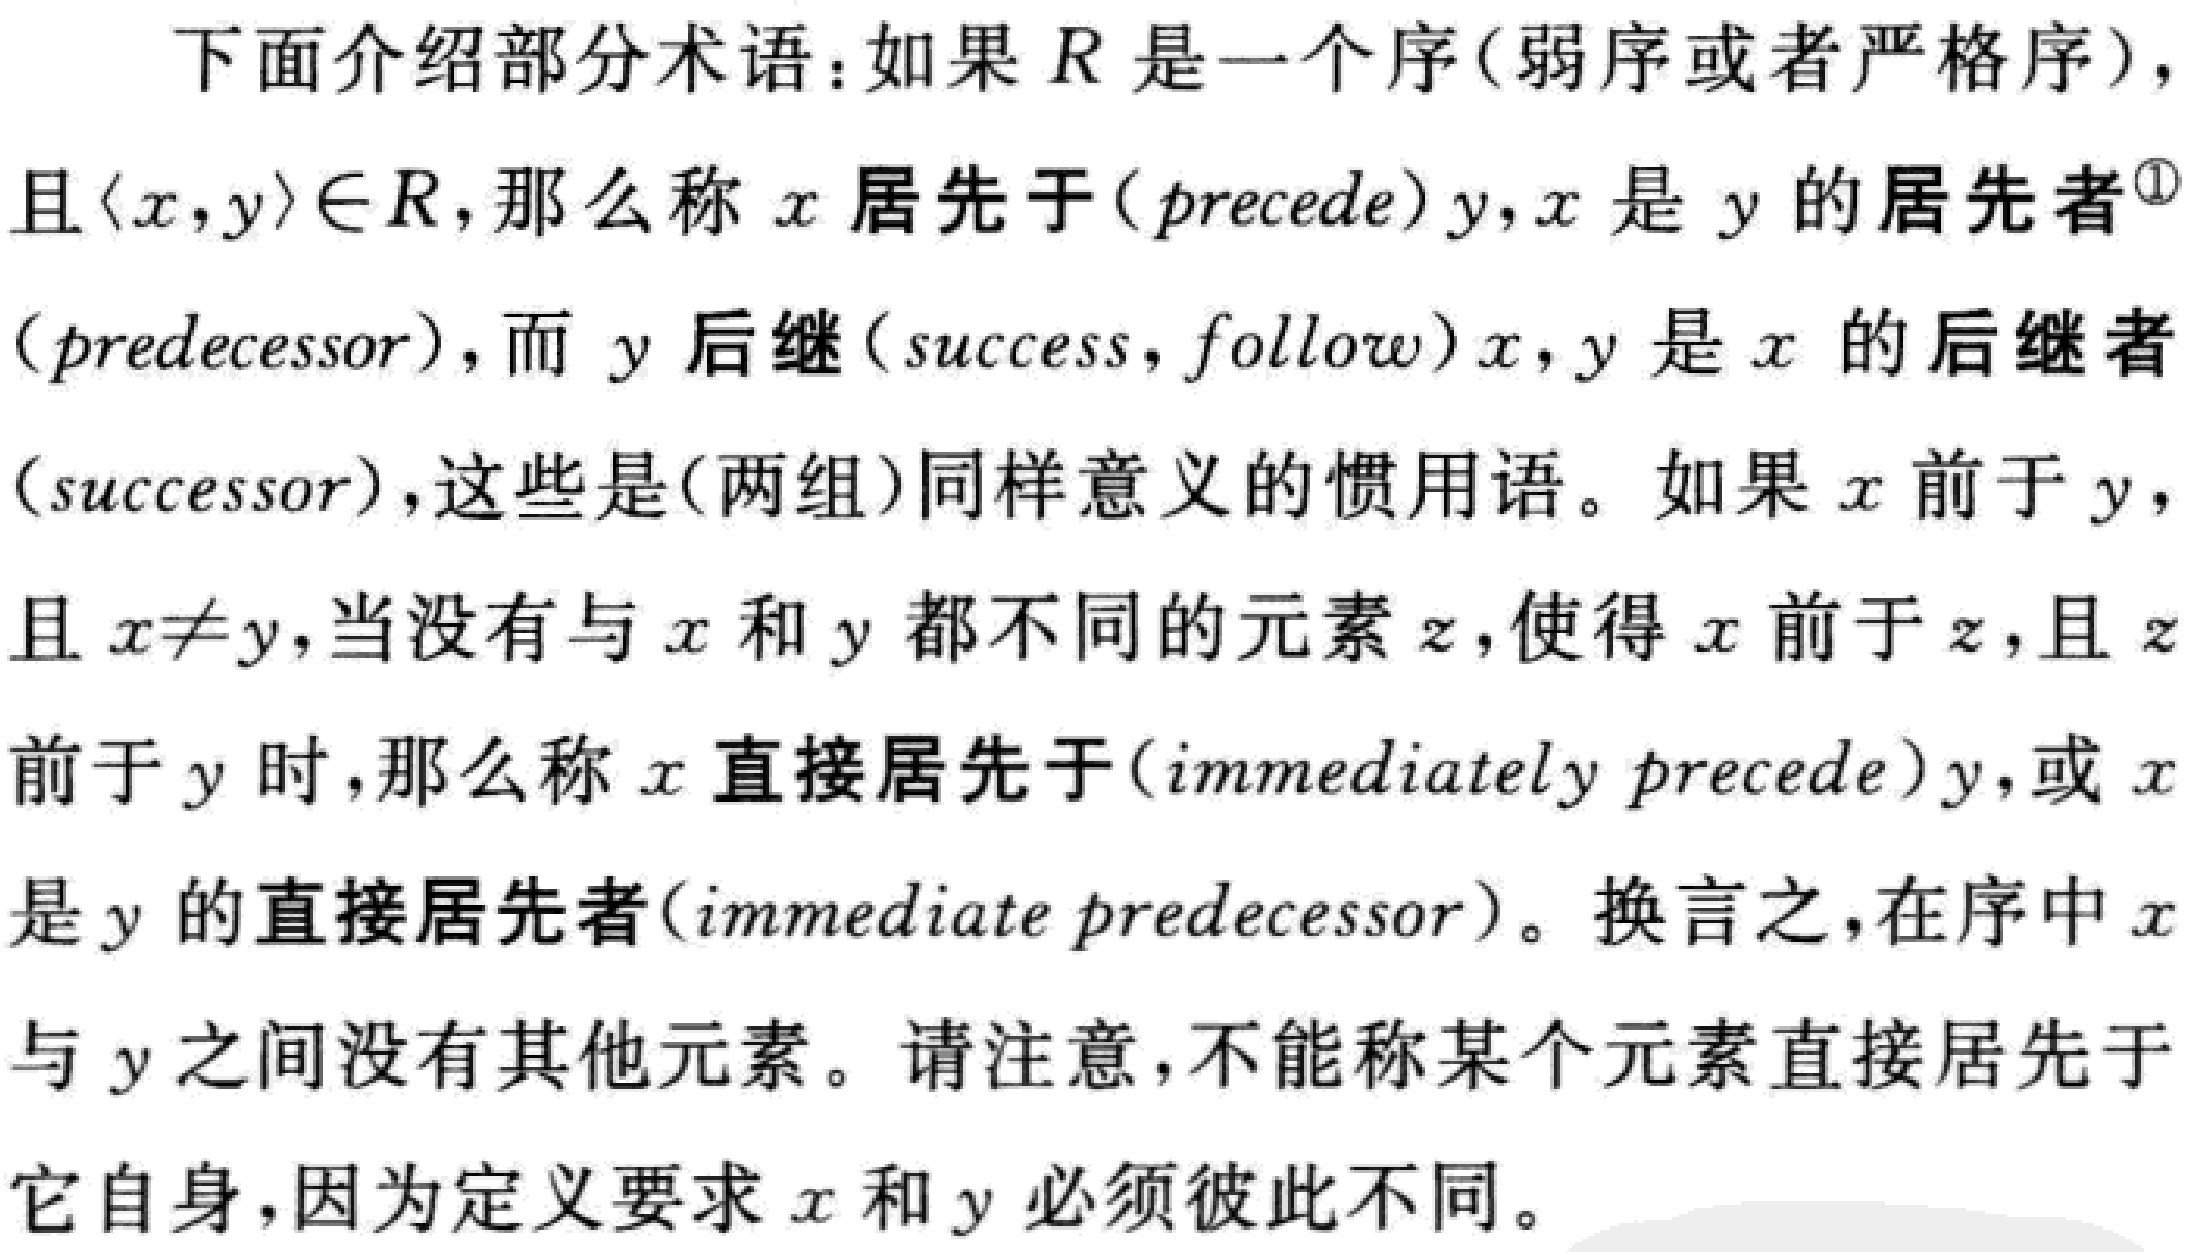
下面介绍部分术语：如果\(R\)是一个序(弱序或者严格序)，且\(\langle x,y\rangle\in R\)，那么称\(x\)居先于(\(precede\)) \(y\)，\(x\)是\(y\)的居先者\(^{\circled{1}}\)(\(predecessor\))，而\(y\)后继(\(success\)，\(follow\)) \(x\)，\(y\)是\(x\)的后继者(\(successor\))，这些是(两组)同样意义的惯用语。如果\(x\)前于\(y\)，且\(x\neq y\)，当没有与\(x\)和\(y\)都不同的元素\(z\)，使得\(x\)前于\(z\)，且\(z\)前于\(y\)时，那么称\(x\)直接居先于(\(immediately\ precede\)) \(y\)，或\(x\)是\(y\)的直接居先者(\(immediate\ predecessor\))。换言之，在序中\(x\)与\(y\)之间没有其他元素。请注意，不能称某个元素直接居先于它自身，因为定义要求\(x\)和\(y\)必须彼此不同。